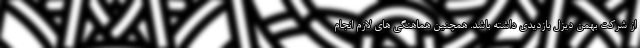
از شرکت بهمن دیزل بازدیدی داشته باشد. همچنین هماهنگی های لازم انجام